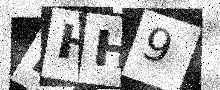
Text: NHH9